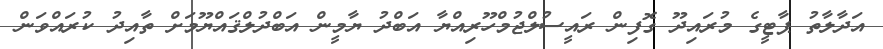
އަދާލާތު ޕާޓީގެ މުރައިދޫ ގޮފިން ރައީސުލްޖުމްހޫރިއްޔާ އަބްދު ޔާމީން އަބްދުލްޤައްޔޫމަށް ތާއިދު ކުރައްވަން